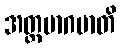
အတ္ထမာဂမာတိ